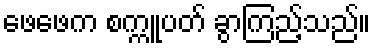
ဖေဖေက စက္ကူပတ် ခွာကြည့်သည်။